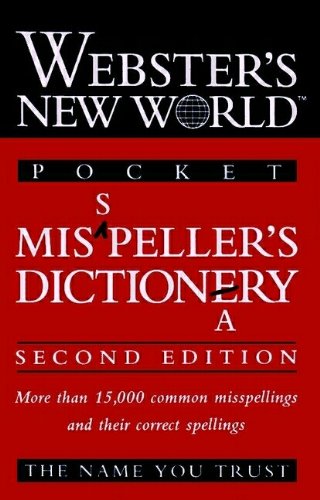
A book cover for Webster's New World Pocket Misspeller's Dictionary; Reference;